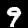
Label: 9